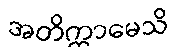
အတိက္ကာမေသိ